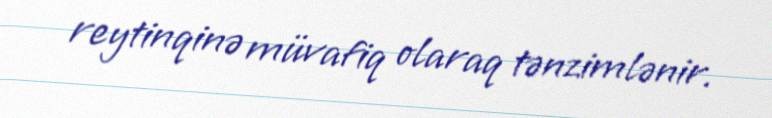
reytinqinə müvafiq olaraq tənzimlənir.